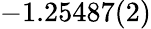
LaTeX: -1.25487(2)